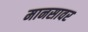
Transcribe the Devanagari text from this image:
मानसावर